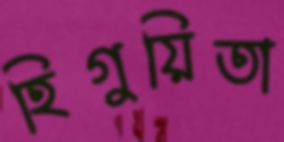
হিগুয়িতা